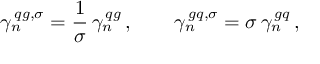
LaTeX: \gamma _ { n } ^ { \, q g , \sigma } = \frac { 1 } { \sigma } \, \gamma _ { n } ^ { \, q g } \, , \qquad \gamma _ { n } ^ { \, g q , \sigma } = \sigma \, \gamma _ { n } ^ { \, g q } \, ,